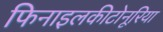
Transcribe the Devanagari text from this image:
फिनाइलकीटोनूरिया